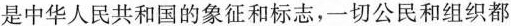
是中华人民共和国的象征和标志，一切公民和组织都